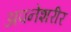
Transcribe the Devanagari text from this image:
अपनेशरीर